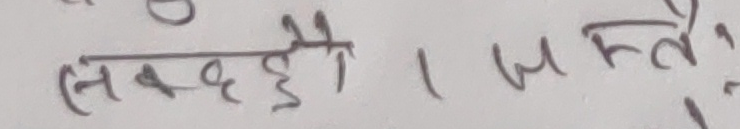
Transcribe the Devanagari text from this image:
स्वच्छै । यस्तैः